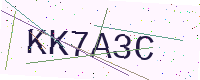
Text: KK7A3C